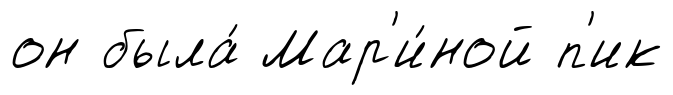
он была́ Мар'и́ной п'ик